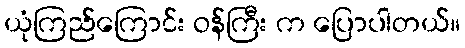
ယုံကြည်ကြောင်း ဝန်ကြီး က ပြောပါတယ်။